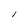
Character: l